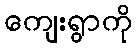
ကျေးရွာကို